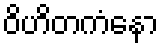
ဝိဟိတကံနော